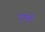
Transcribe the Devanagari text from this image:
पुर्ण्तः